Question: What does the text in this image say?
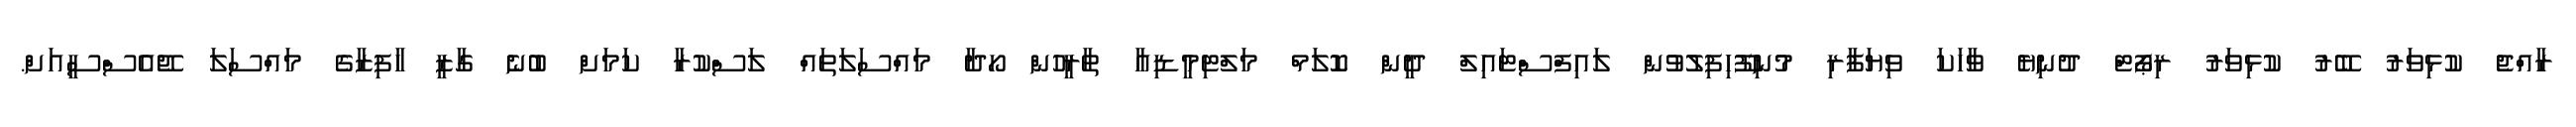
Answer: ރާއްޖެ ކުޅިވަރު ބޭރު ކުޅިވަރު ރިޕޯޓް ދުނިޔެ ވާހަކަ ވިޔަފާރި މުނިފޫހިފިލުވުން ލައިފްސްޓައިލް ދީން ކޮލަމް މަލްޓިމީޑިއާ ތާރީހުން ހޯދާ މައްސަލަތައް ލަސްކުރާ ކަމަށް ބުނެ ގާޒީ ހާފިޒާގެ މައްސަލަ ޖޭއެސްސީއަށް.